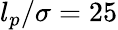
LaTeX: l_{p}/\sigma=25